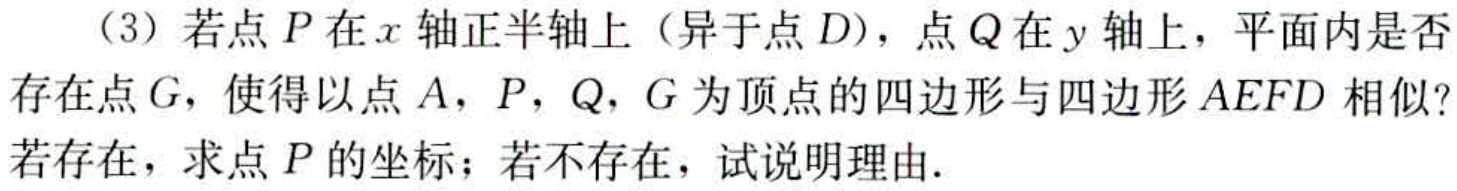
（3）若点\(P\)在\(x\)轴正半轴上（异于点\(D\)），点\(Q\)在\(y\)轴上，平面内是否存在点\(G\)，使得以点\(A\)，\(P\)，\(Q\)，\(G\)为顶点的四边形与四边形\(AEFD\)相似？若存在，求点\(P\)的坐标；若不存在，试说明理由.